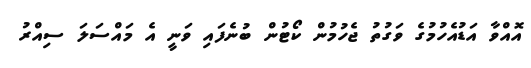
އޮއްވާ އަޑުއެހުމުގެ ވަގުތު ޖެހުމުން ކޯޓުން ބުނެފައި ވަނީ އެ މައްސަލަ ސިއްރު